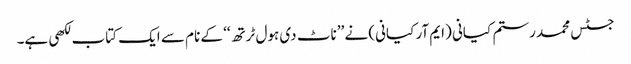
جسٹس محمد رستم کیانی (ایم آر کیانی) نے ’’ناٹ دی ہول ٹرتھ‘‘ کے نام سے ایک کتاب لکھی ہے۔